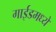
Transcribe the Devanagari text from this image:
गाईडमध्ये